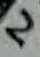
Text: 2